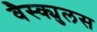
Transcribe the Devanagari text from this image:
वैस्क्युलस